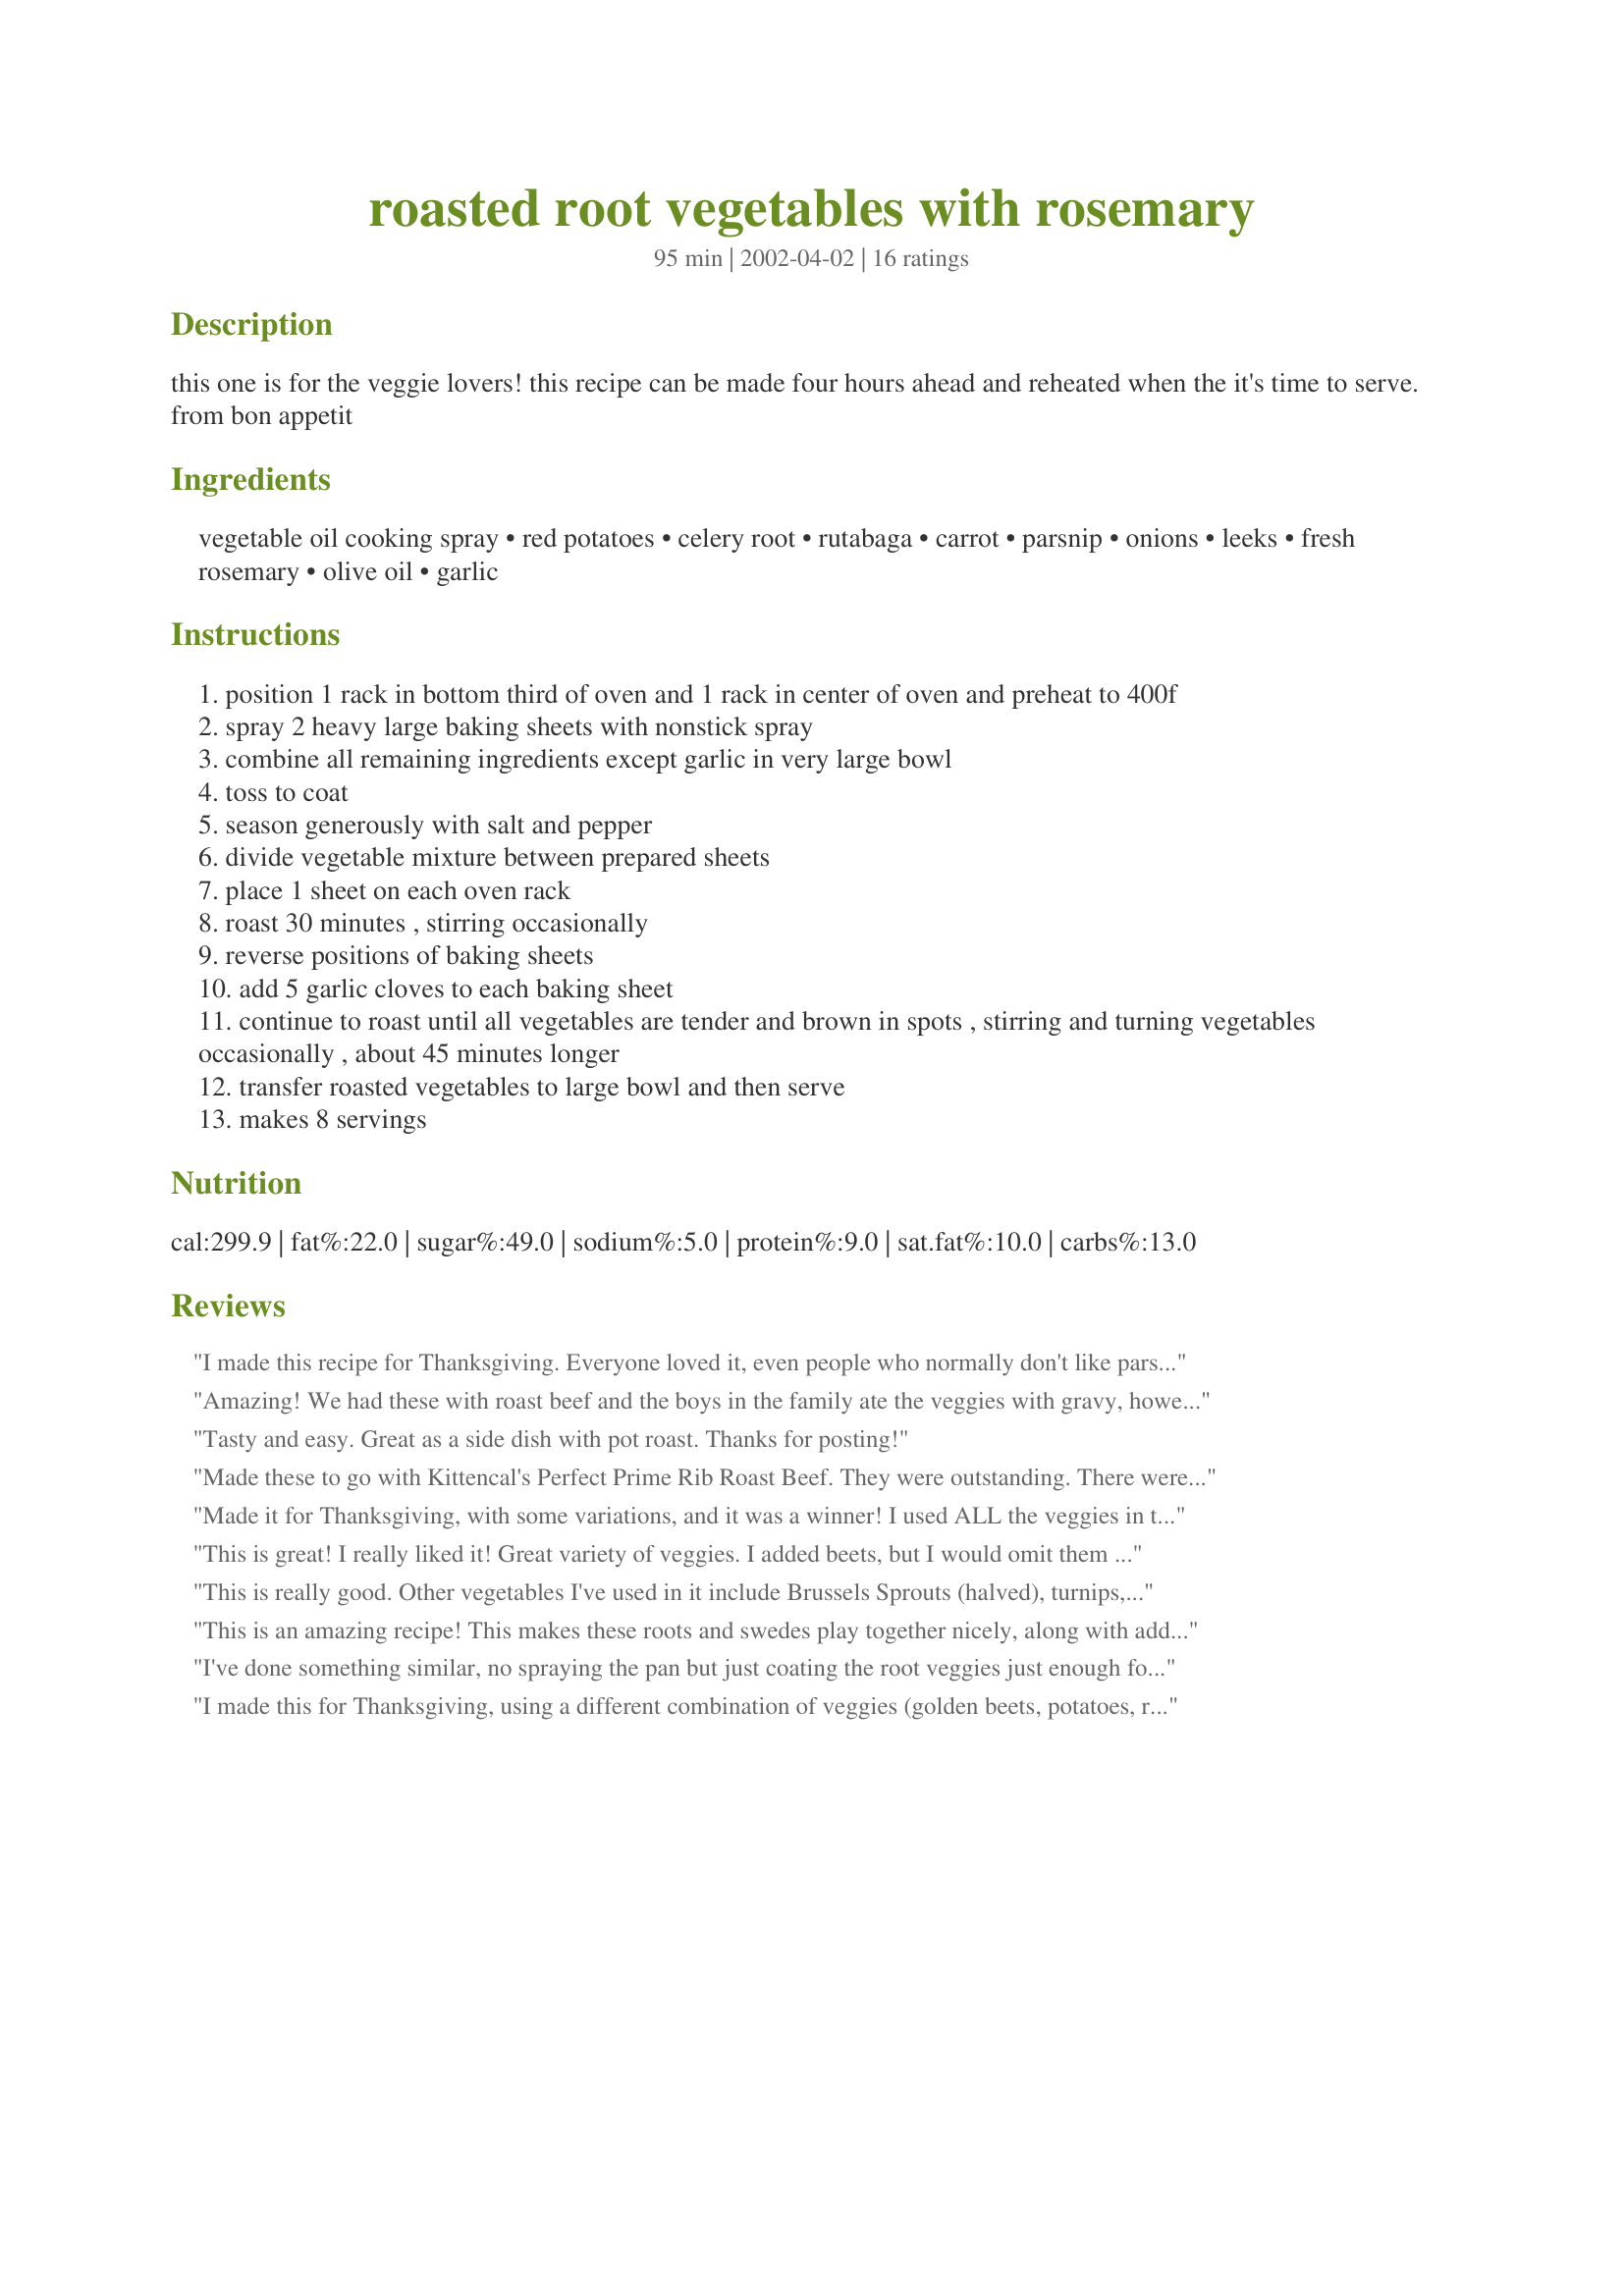
roasted root vegetables with rosemary
Preparation time: 95 minutes

this one is for the veggie lovers! this recipe can be made four hours ahead and reheated when the it's time to serve. from bon appetit

Ingredients:
vegetable oil cooking spray, red potatoes, celery root, rutabaga, carrot, parsnip, onions, leeks, fresh rosemary, olive oil, garlic

Steps:
position 1 rack in bottom third of oven and 1 rack in center of oven and preheat to 400f
spray 2 heavy large baking sheets with nonstick spray
combine all remaining ingredients except garlic in very large bowl
toss to coat
season generously with salt and pepper
divide vegetable mixture between prepared sheets
place 1 sheet on each oven rack
roast 30 minutes , stirring occasionally
reverse positions of baking sheets
add 5 garlic cloves to each baking sheet
continue to roast until all vegetables are tender and brown in spots , stirring and turning vegetables occasionally , about 45 minutes longer
transfer roasted vegetables to large bowl and then serve
makes 8 servings

Reviews:
I made this recipe for Thanksgiving. Everyone loved it, even people who normally don't like parsnips and rutabagas. I added a 1/4 cup of balsamic vinegar and a squirt of Bragg's liquid aminos.
Amazing! We had these with roast beef and the boys in the family ate the veggies with gravy, however, from another recipe I read to sprinkle a little balsamic vinegar on instead. I loved it that way! Thanks for posting Bev!
Tasty and easy. Great as a side dish with pot roast. Thanks for posting!
Made these to go with Kittencal's Perfect Prime Rib Roast Beef. They were outstanding. There were no leftovers. Thanks for the recipe Bev, now everyone wants to know how I made them.
Deb
Made it for Thanksgiving, with some variations, and it was a winner! I used ALL the veggies in the recipe and added about 1/4 cup of maple syrup. Because of what else I was baking, I used a much lower temperature,but my pans burned (prob. due to the maple syrup), but the veggies were great! Next time I'll make them in glass pans so the burning won't be such a problem.
This is great! I really liked it! Great variety of veggies. I added beets, but I would omit them next time.
This is really good. Other vegetables I've used in it include Brussels Sprouts (halved), turnips, sweet potatoes and sliced red onion. Even the Brussels Sprouts come out sweet and salty and yummy as can be. I use baby cut carrots right out of the bag and minced jarred garlic when I'm in a hurry. I haven't had any burning problems putting the garlic in with everything else.
This is an amazing recipe! This makes these roots and swedes play together nicely, along with adding versatility to them. Good hot or cold: I've eaten this dish cold on salad greens with blue cheese drizzled on it, and it performed splendidly in a potpie with turkey after Thanksgiving. My vegetarian friends love this when I make it!
I've done something similar, no spraying the pan but just coating the root veggies just enough for a thourough mix with olive oil. (No maple syrup as suggested by another reviewer.) I've used different combinations of veggies in different porportions: Yukon Gold and blue potatoes are excellent spud choices here. I cut root veggies somewhat differently: harder things like celeriac and turnips get chopped into smaller cubes than do parsnips, potatoes or especially sweet potatoes, because I don't want one veggie turning into mush while the celeriac remains hard. Onions, scallions, and/or leeks also good in this. I may also toss in other herbs such as oregano and/or tarragon. A pinch or so of nutmeg is also very nice. Because of the consistency I prefer when these veggies are done, I probably cook a little less, but then again I've only made this dish for one or two people at a time, so considering the volume the chef used, this probaby actually does work out to be equivalent. I have used fresh garlic cloves; very roughly chopped. A very good recipe!
I made this for Thanksgiving, using a different combination of veggies (golden beets, potatoes, rutabaga, carrots), but otherwise following the recipe. I loved the flavors of the rosemary and roasted garlic. This was easy to make and very comforting. It will definitely become a holiday staple for me. Thank you for posting!
Absolutely wonderful! Easy to make and can use different veggies, too. So versatile! I drizzled some balsamico on top, too.
We ate this last night with Herbed Chicken and we liked it a lot. It is surely a bit different from the usual steamed veggies or mashed potatoes! I mixed up the variety as I didn't have all of the below on hand. I added some sweet potatoes as well as a couple of beets. (will leave out the beets next time...) Thanks for posting!
These are DELICIOUS,Yummy, made them for dinner last evening, served them with Fish. We love the Rosemary on the vegetables, So easy to do in the oven. I didn't cut the vegetables as small as you said,also cut the recipe in half. Thank you for posting.
I will definitely be making this again the next time I make a roast. We had pot roast (in the crock pot) and I made these veggies to go with. I am adding new veggies to the diet of the family. This time I added parsnip (left out the rutabaga and celery root and replaced with carrots). Loved the garlic in it! YUMMY!
I used this recipe by cutting way back and just using turnips and onions. Perfect on the timing for doneness. I do NOT advise using jarred minced garlic like another reader suggested. I added it only during the last 20 minutes and it almost burned. My suggestion would be to avoid the prepared stuff altogether and use fresh cloves, which is what I'll try next time.
Made a version of this last night as an accompaniment to steak, mostly to preview for my Thanksgiving menu. I used garlic, red onions, rutababga and sweet potatoes and will experiment with other lower starch veggies.This did not disappoint, and I surely will be making this again. My idea of great recipe, not too putzy to put together, and no fuss. The finished product is so colorful and satisfying, true comfort food. Thanks for posting this one.
